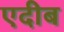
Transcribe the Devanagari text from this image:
एदीब